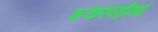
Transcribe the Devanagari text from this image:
शकरपड़ीआं